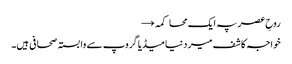
روحِ عصر پہ ایک محاکمہ →
خواجہ کاشف میر دنیا میڈیا گروپ سے وابستہ صحافی ہیں۔